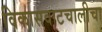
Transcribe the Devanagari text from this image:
विकासवाटचालीचा